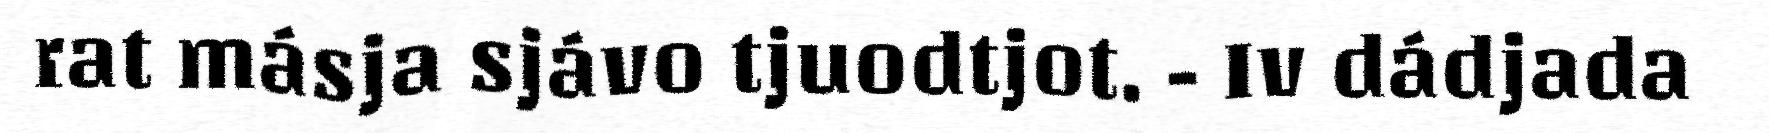
rat másja sjávo tjuodtjot. - Iv dádjada